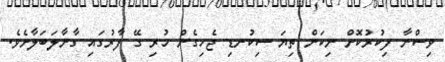
ވިސްނާ ފިކުރުކޮށް ނިކަން ތިޔަ ސިކުނޑި ޖެހިގެން ހުރި ގޭ ފާރުގައި ގާނާލަބަލާށެވެ.